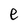
Character: e